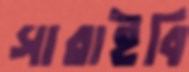
সারাইবি